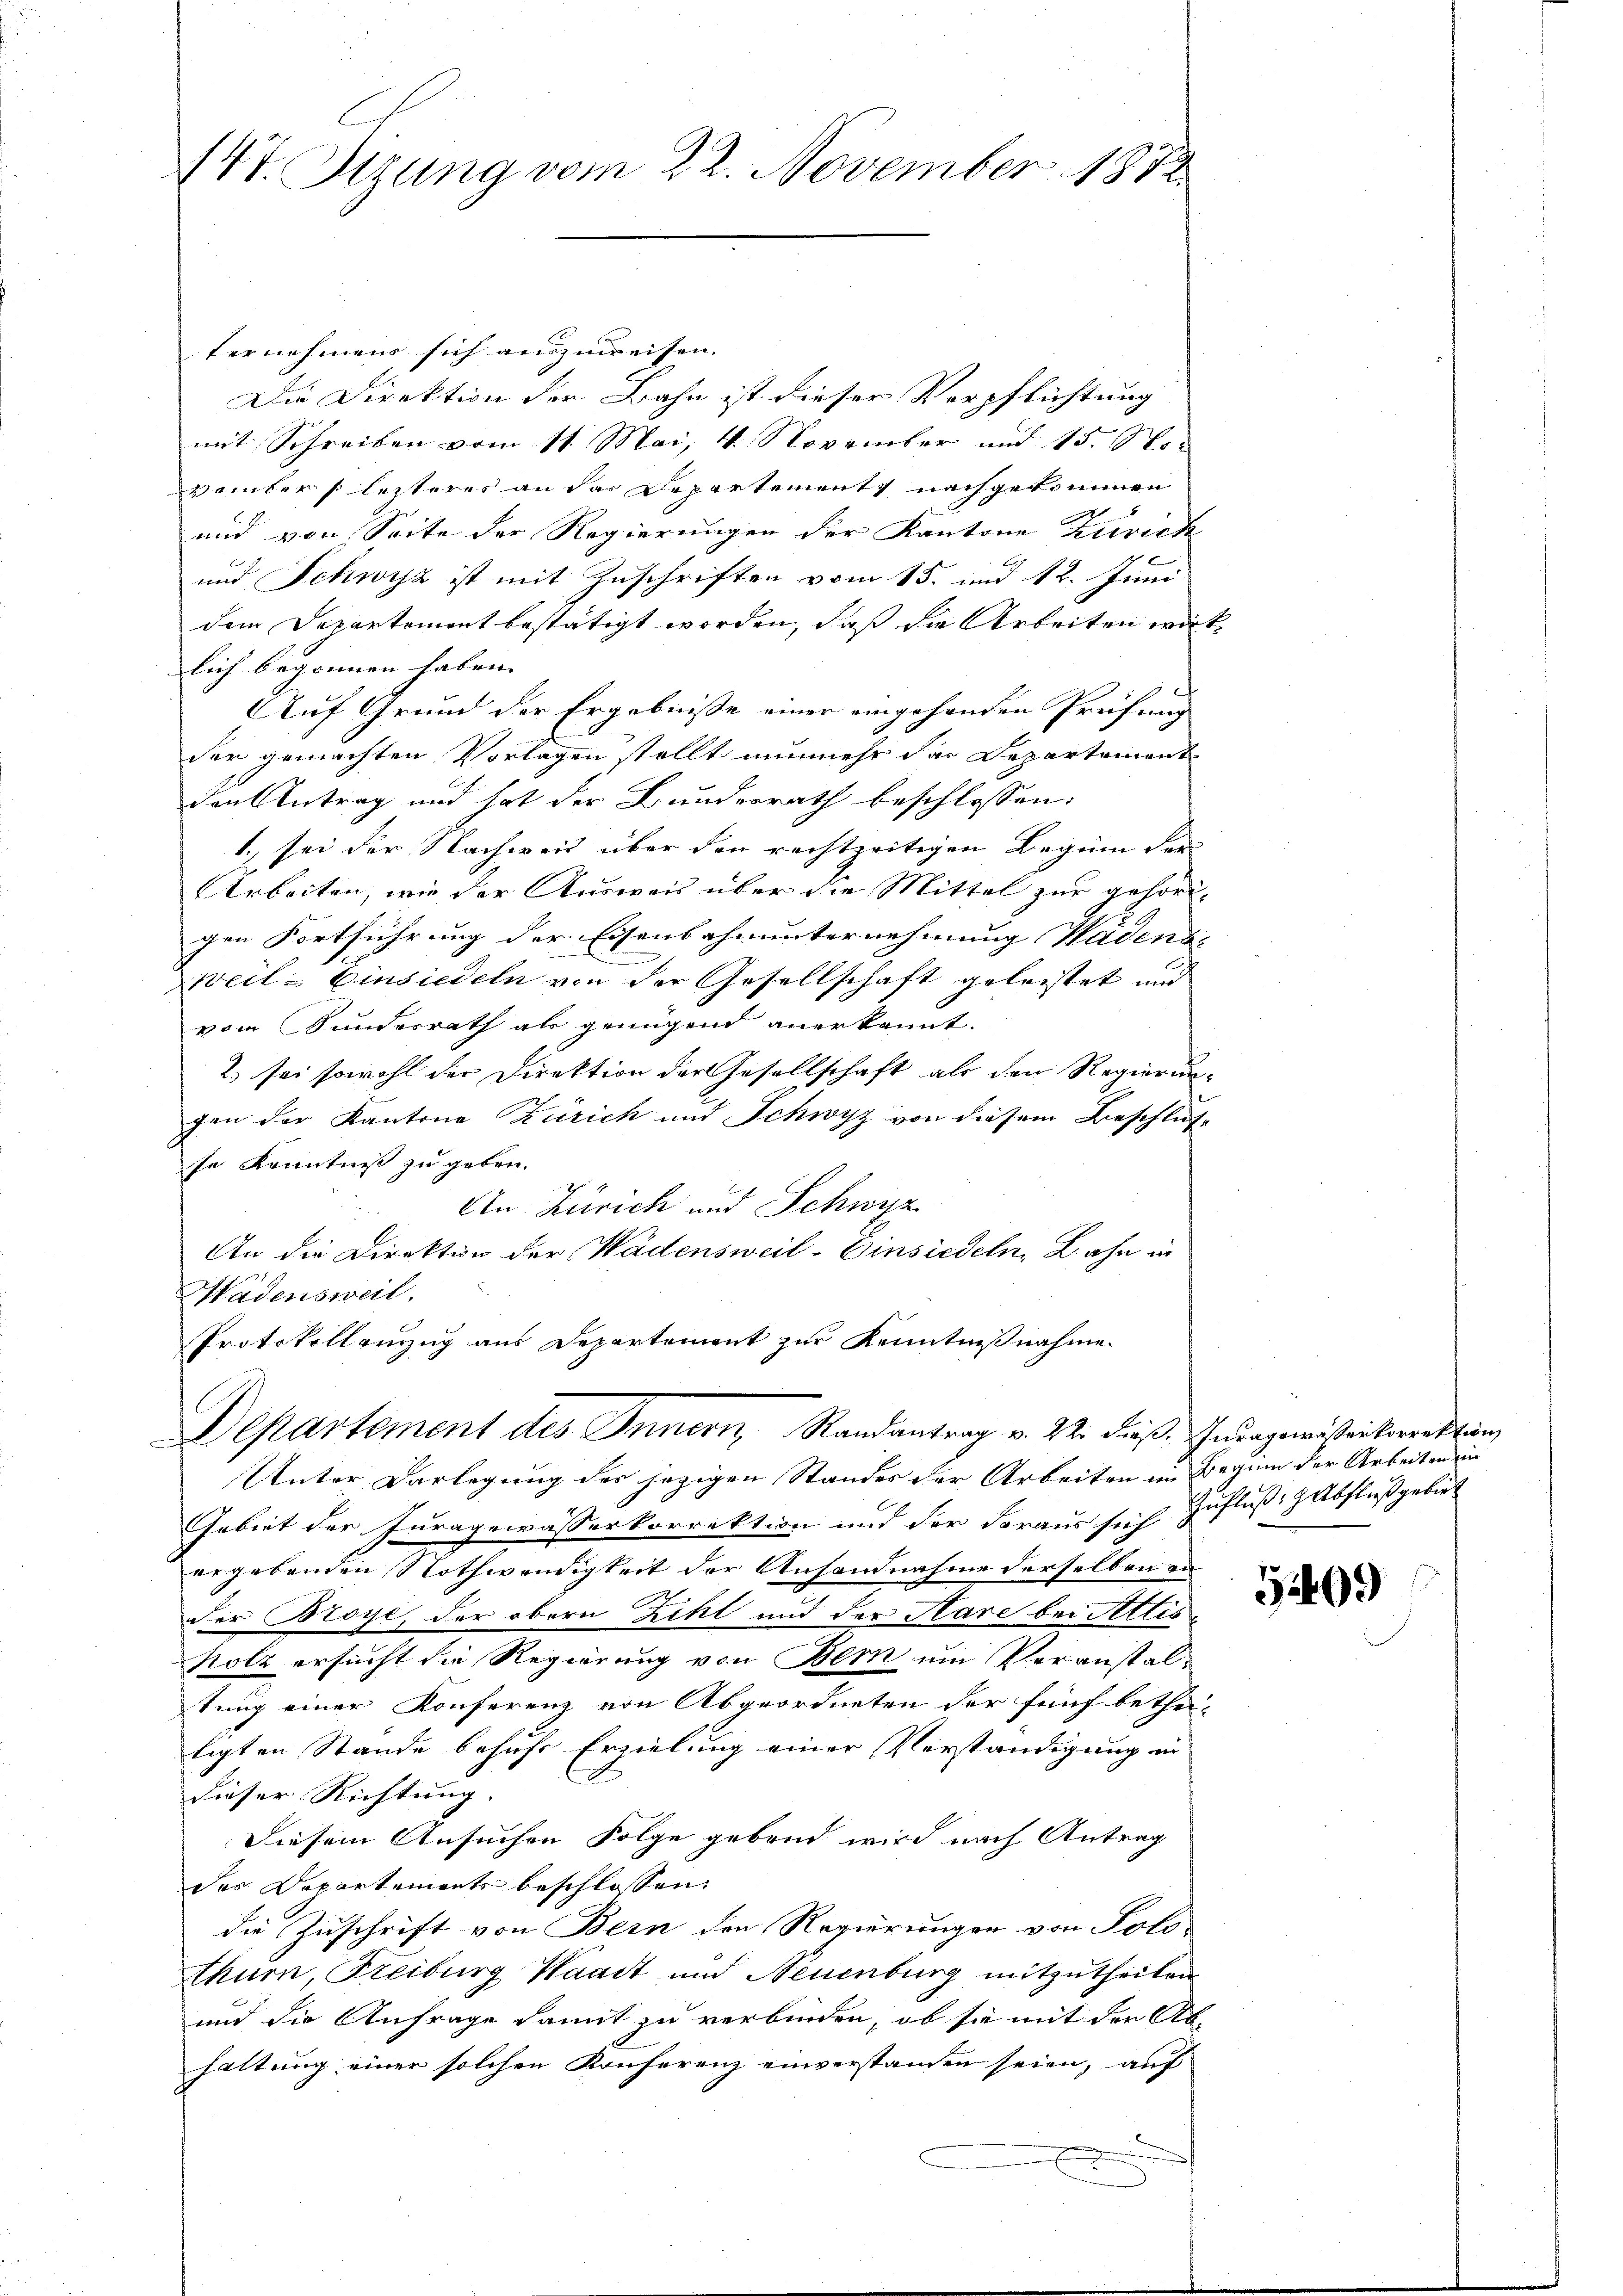
147. Stzung vom 22. November 1872.

fernehmens sich auszuweisen.
Die Direktion der Bahn ist dieser Verpflichtung
mit Schreiben vom 11. Mai, 4. November und 15. Nosamter (letzteres an dar Departements nachgekommen
und von Seite der Regierungen der Kantone Zürich
und Schwyz ist mit Zuschriften vom 15. und 12. Juni
dem Departement bestätigt worden, daß die Arbeiten wir
lich begonnen haben. |
Auf Grund der Ergebnisse einer eingehenden Preifung
der gemachten Vorlagen stellt nunmehr das Departement
den Antrag und hat der Bundesrath beschlossen:
1.), sei der Nachweit über den rechtzeitigen Beginn der
Arbeiten, wie der Ausweis über die Mittel zur gehörigen Fortführung der Eisenbahnunternehmung Wädens- |
n
Weil- Einsiedeln von der Gesellschaft geleistet und
von Sunderrath als genügend anerkannt.
2.) sei sowohl der Direktion der Gesellschaft als den Regierun
gen der Kantone Zürich und Schwyz von diesem Beschlußse Kenntniß zu geben.
An Zürich und Schwyz
An die Direktion der Wädensweil–Einsiedeln, Bahn in
Wädensweil.
Protokollenzug aus Departement zur Kenntnißnahme.
Departement des Innern Randantrag v. 22. dieß, Thuragewissenkorrektion
Unter Darlegung des jezigen Standes der Arbeiten im Beginn der Arbeiten ein
Gebiet der Juragewässerkorrektion und der daraus sich
ergebenden Nothwendigkeit der Anhandnahme derselben ander Broye, der obern Zihl und der Hare bei Attisholz ersucht die Regierung von Bern um Veranstaltung einer Konferenz von Abgeordneten der fünf bethei-
ligten Stände behufs Erzielung einer Vorständigung in
dieser Richtung.
Diesem Ansuchen Folge gebend wird nach Antrag
des Departements beschlossen
die Zuschrift von Bern den Regierungen von Polothurn, Freiburg Waadt und Neuenburg mitzutheilen
und die Anfrage damit zu verbinden, ob sie mit der Ab-
haltung einer solchen Konferenz einverstanden seien, auf

Zufluß abfließ gebiet

5409